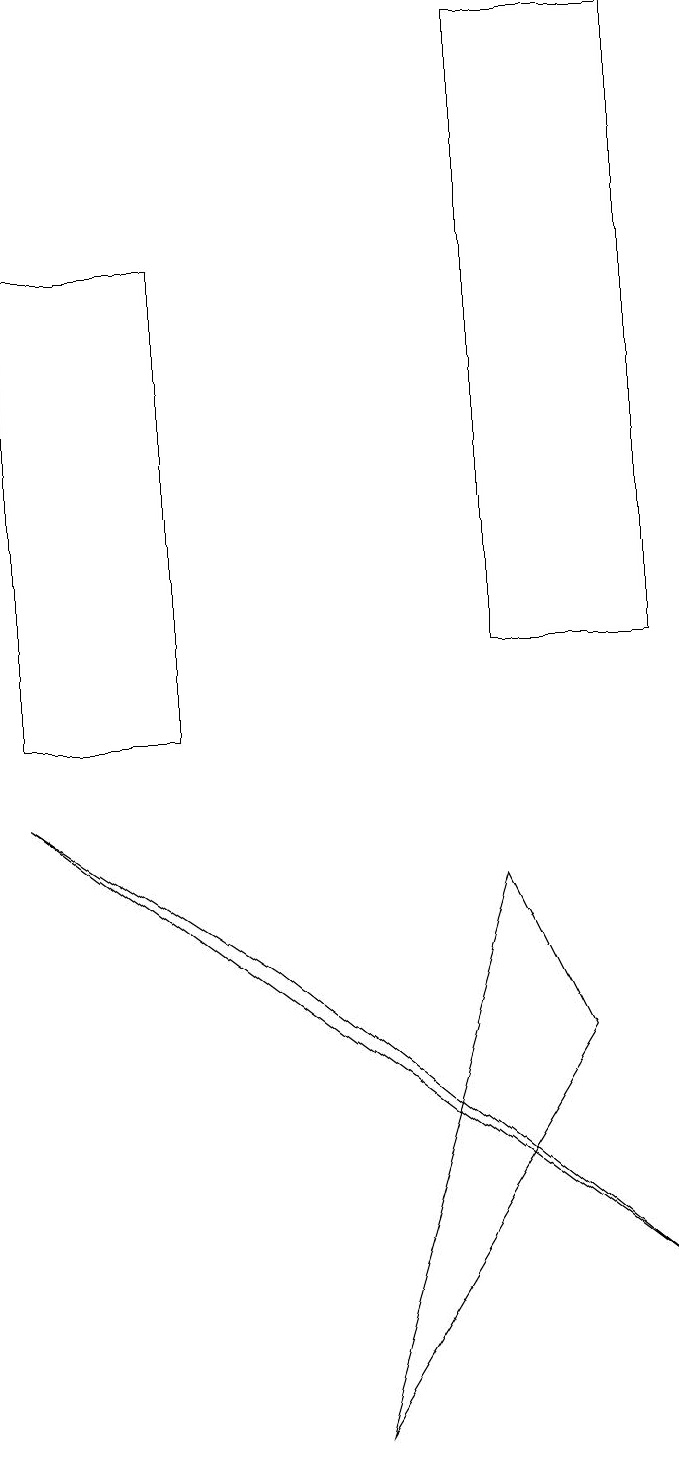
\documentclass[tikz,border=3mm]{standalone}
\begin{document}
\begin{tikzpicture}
\draw (3,7) -- (0,9) -- (8,3) -- cycle;
\draw (7,6) -- (4,1) -- (6,8) -- cycle;
\draw (2,16) rectangle (0,10);
\draw (8,19) rectangle (6,11);
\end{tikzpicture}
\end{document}